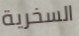
السخرية